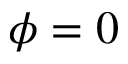
\phi = 0